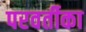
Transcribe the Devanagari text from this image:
परवर्तीका